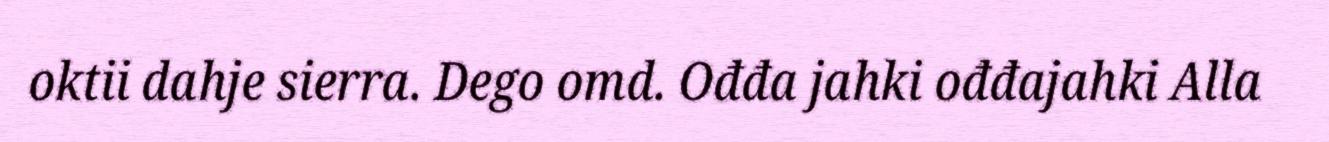
oktii dahje sierra. Dego omd. Ođđa jahki ođđajahki Alla